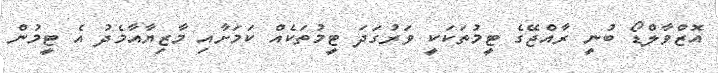
އޮޒްވާލްޑޯ ބުނީ ރާއްޖޭގެ ޓީމުތަަކަކީ ވަރުގަދަ ޓީމުތަކެއް ކަމަށާއި މާޒިޔާއާމެދު އެ ޓީމުން